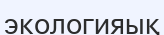
экологияық